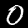
Label: 0